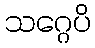
သဂ္ဂေပိ